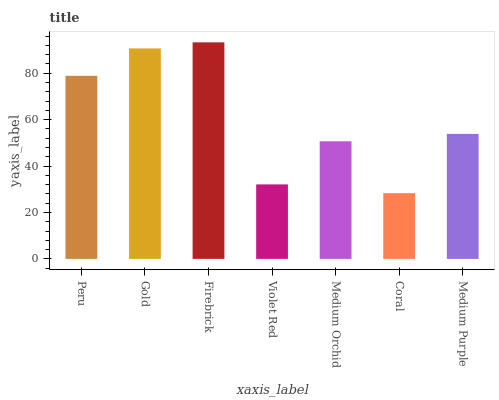
| xaxis_label | bars |
 | --- | --- |
 | Peru | 78.9 |
 | Gold | 90.7 |
 | Firebrick | 93.3 |
 | Violet Red | 32.1 |
 | Medium Orchid | 50.7 |
 | Coral | 28.3 |
 | Medium Purple | 53.9 |